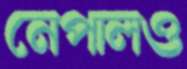
নেপালও